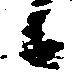
候